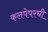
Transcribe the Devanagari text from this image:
कलपेपरची